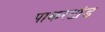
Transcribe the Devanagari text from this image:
पाकरटांड